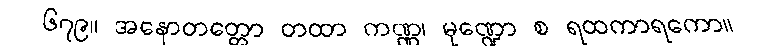
၆၇၉။ အနောတတ္တော တထာ ကဏ္ဏ၊ မုဏ္ဍော စ ရထကာရကော။